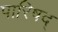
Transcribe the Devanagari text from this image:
पारिषद्